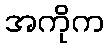
အကိုက